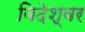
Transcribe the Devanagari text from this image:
बिदेश्वर